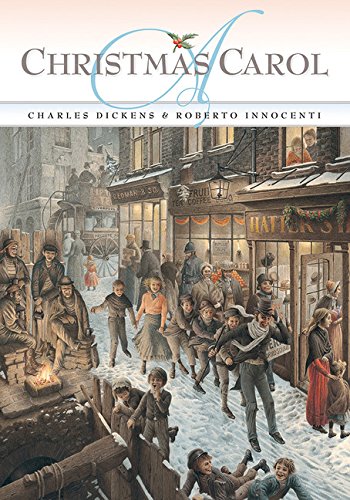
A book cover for A Christmas Carol; Charles Dickens; Teen & Young Adult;